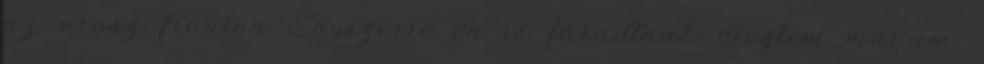
az orosz fronton Egyszerre én is fáradtnak éreztem magam.